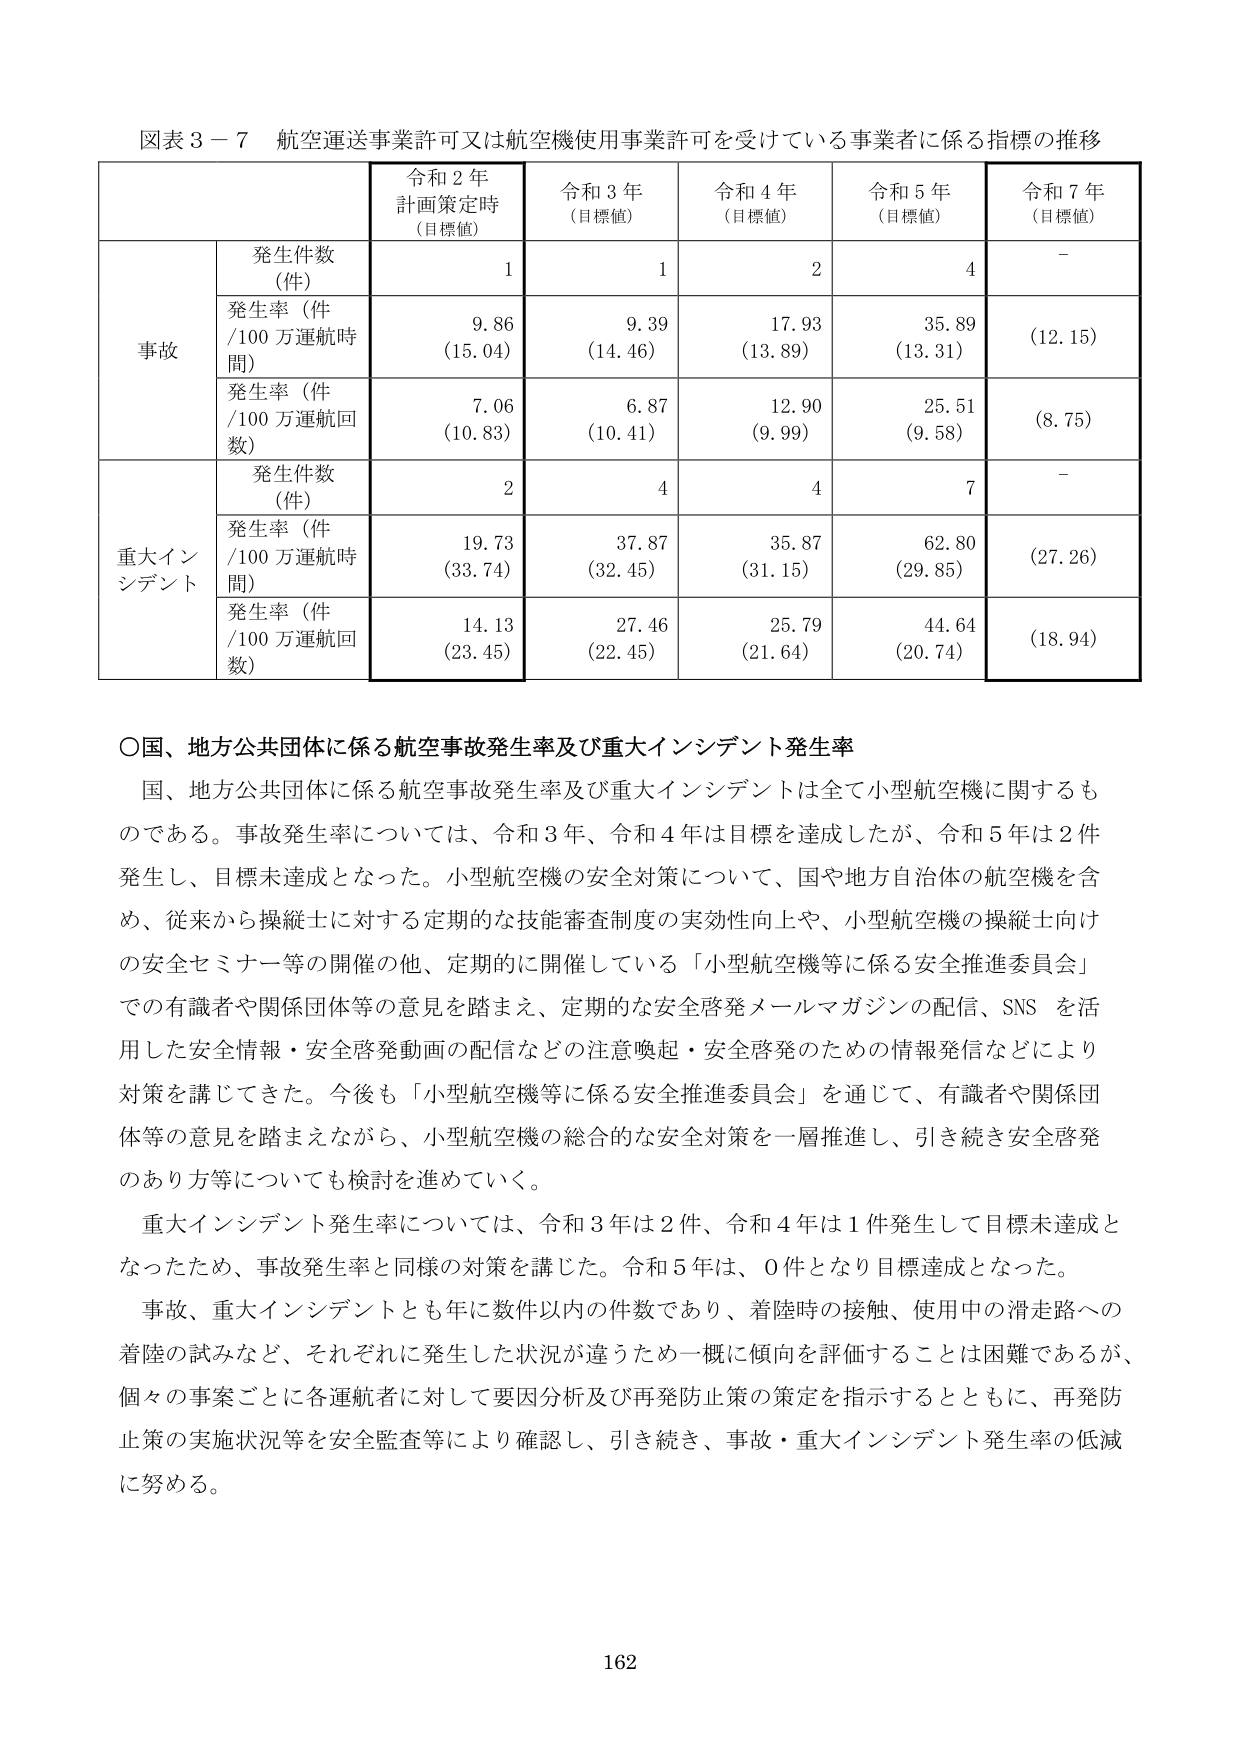
図表３－７ 航空運送事業許可又は航空機使用事業許可を受けている事業者に係る指標の推移

令和２年
計画策定時
（目標値）
令和３年
（目標値）
令和４年
（目標値）
令和５年
（目標値）
令和７年
（目標値）

事故
発生件数（件）
1
1
2
4
－

発生率（件／100万運航時間）
9.86
（15.04）
9.39
（14.46）
17.93
（13.89）
35.89
（13.31）
（12.15）

発生率（件／100万運航回数）
7.06
（10.83）
6.87
（10.41）
12.90
（9.99）
25.51
（9.58）
（8.75）

重大インシデント
発生件数（件）
2
4
4
7
－

発生率（件／100万運航時間）
19.73
（33.74）
37.87
（32.45）
35.87
（31.15）
62.80
（29.85）
（27.26）

発生率（件／100万運航回数）
14.13
（23.45）
27.46
（22.45）
25.79
（21.64）
44.64
（20.74）
（18.94）

〇国、地方公共団体に係る航空事故発生率及び重大インシデント発生率

国、地方公共団体に係る航空事故発生率及び重大インシデントは全て小型航空機に関するものである。事故発生率については、令和３年、令和４年は目標を達成したが、令和５年は２件発生し、目標未達成となった。小型航空機の安全対策について、国や地方自治体の航空機を含め、従来から操縦士に対する定期的な技能審査制度の実効性向上や、小型航空機の操縦士向けの安全セミナー等の開催の他、定期的に開催している「小型航空機等に係る安全推進委員会」での有識者や関係団体等の意見を踏まえ、定期的な安全啓発メールマガジンの配信、SNSを活用した安全情報・安全啓発動画の配信などの注意喚起・安全啓発のための情報発信などにより対策を講じてきた。今後も「小型航空機等に係る安全推進委員会」を通じて、有識者や関係団体等の意見を踏まえながら、小型航空機の総合的な安全対策を一層推進し、引き続き安全啓発のあり方等についても検討を進めていく。

重大インシデント発生率については、令和３年は２件、令和４年は１件発生して目標未達成となったため、事故発生率と同様の対策を講じた。令和５年は、０件となり目標達成となった。

事故、重大インシデントとも年に数件以内の件数であり、着陸時の接触、使用中の滑走路への着陸の試みなど、それぞれに発生した状況が違うため一概に傾向を評価することは困難であるが、個々の事案ごとに各運航者に対して要因分析及び再発防止策の策定を指示するとともに、再発防止策の実施状況等を安全監査等により確認し、引き続き、事故・重大インシデント発生率の低減に努める。

162